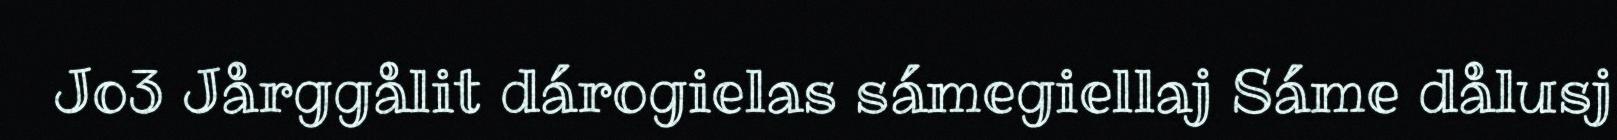
Jo3 Jårggålit dárogielas sámegiellaj Sáme dålusj